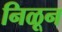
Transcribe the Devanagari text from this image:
निळून